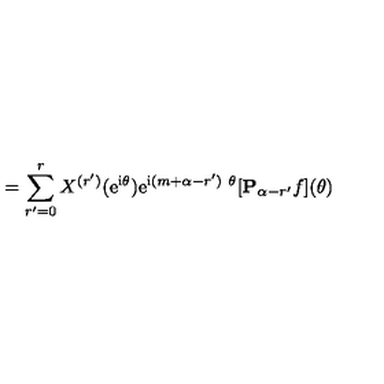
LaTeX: = \sum _ { r ^ { \prime } = 0 } ^ { r } X ^ { ( r ^ { \prime } ) } ( \mathrm { e } ^ { \mathrm { i } \theta } ) \mathrm { e } ^ { \mathrm { i } ( m + \alpha - r ^ { \prime } ) \ { \theta } } [ { \bf P } _ { \alpha - r ^ { \prime } } { f } ] ( \theta )